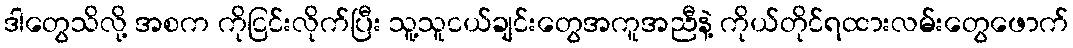
ဒါတွေသိလို့ အစက ကိုငြင်းလိုက်ပြီး သူ့သူငယ်ချင်းတွေအကူအညီနဲ့ ကိုယ်တိုင်ရထားလမ်းတွေဖောက်